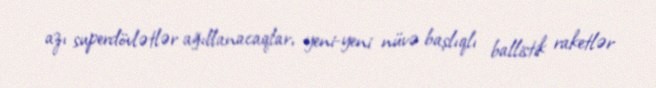
azı superdövlətlər ağıllanacaqlar, yeni-yeni nüvə başlıqlı ballistik raketlər